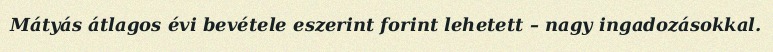
Mátyás átlagos évi bevétele eszerint forint lehetett – nagy ingadozásokkal.